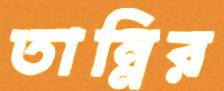
তান্নির